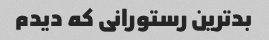
بدترین رستورانی که دیدم